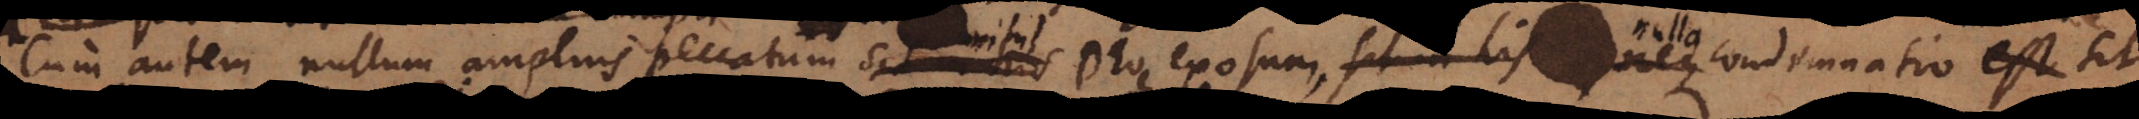
Cum autem nullum amplius peccatum nihil Deo exosum, nulla condemnatio in